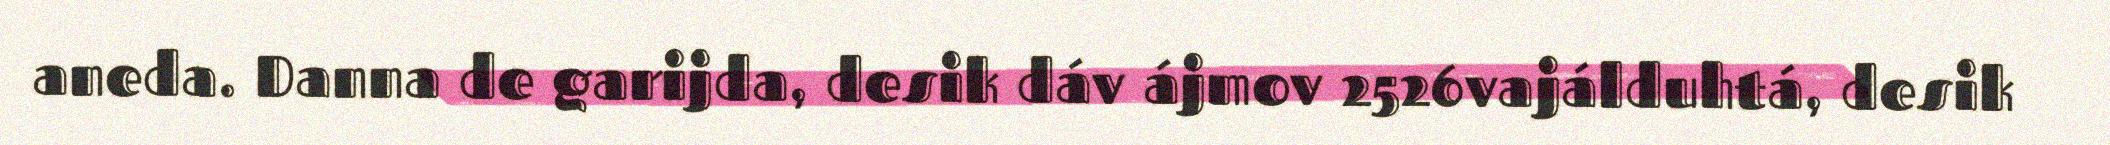
aneda. Danna de garijda, desik dáv ájmov 2526vajálduhtá, desik